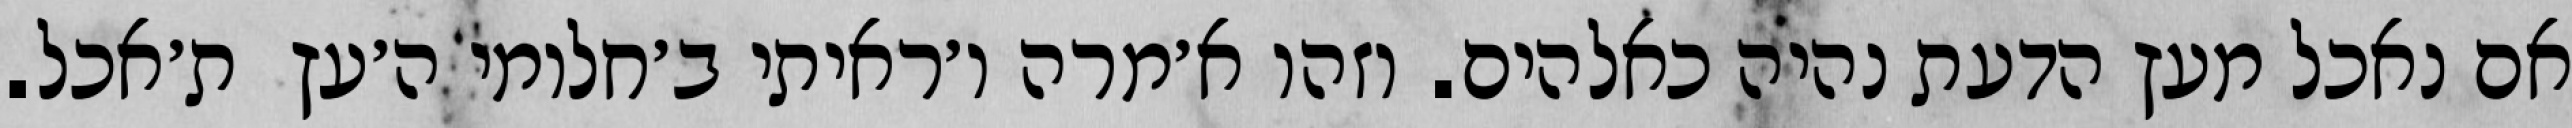
אם נאכל מעץ הדעת נהיה כאלהים. וזהו א׳מרה ו׳ראיתי ב׳חלומי ה׳עץ  ת׳אכל.